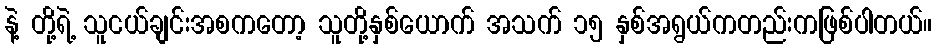
နဲ့ တို့ရဲ့ သူငယ်ချင်းအစကတော့ သူတို့နှစ်ယောက် အသက် ၁၅ နှစ်အရွယ်ကတည်းကဖြစ်ပါတယ်။